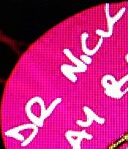
DR NICK